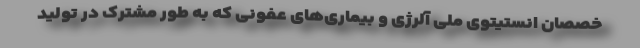
خصصانِ انستیتوی ملی آلرژی و بیماری‌های عفونی که به طور مشترک در تولید